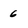
Character: 6